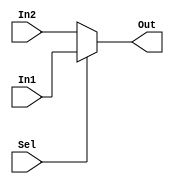
module MUX(In1, In2, Sel, Out);
	
	input [7:0] In1, In2;
	input Sel;
	output [7:0] Out;
	
	assign Out = (Sel == 1) ? In1 : In2;
	// if Sel = 1, then Out = In1, else Out = In2

endmodule